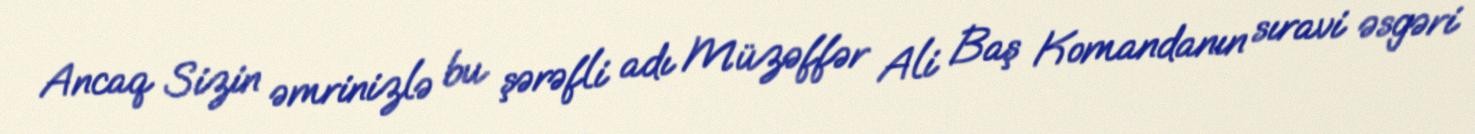
Ancaq Sizin əmrinizlə bu şərəfli adı Müzəffər Ali Baş Komandanın sıravi əsgəri